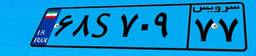
۲۲S۸۳۰۴۰